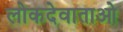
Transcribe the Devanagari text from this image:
लोकदेवाताओ